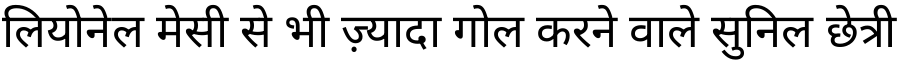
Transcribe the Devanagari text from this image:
लियोनेल मेसी से भी ज़्यादा गोल करने वाले सुनिल छेत्री